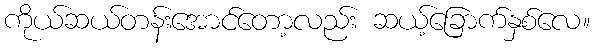
ကိုယ်ဆယ်တန်းအောင်တော့လည်း ဆယ့်ခြောက်နှစ်လေ။